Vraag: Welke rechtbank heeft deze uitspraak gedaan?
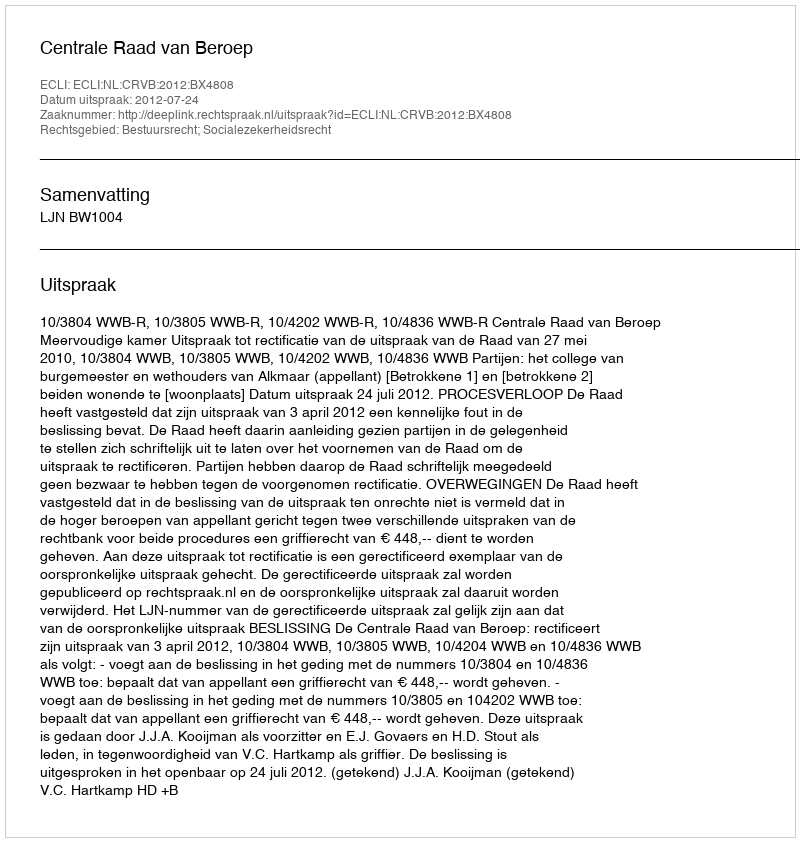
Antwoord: Centrale Raad van Beroep